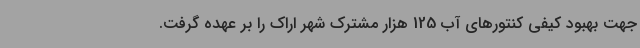
جهت بهبود کیفی کنتورهای آب 125 هزار مشترک شهر اراک را بر عهده گرفت.